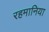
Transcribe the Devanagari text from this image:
रहमानिया